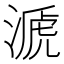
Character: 㴲